Jarvakandi_vallavalitsus, lk 60
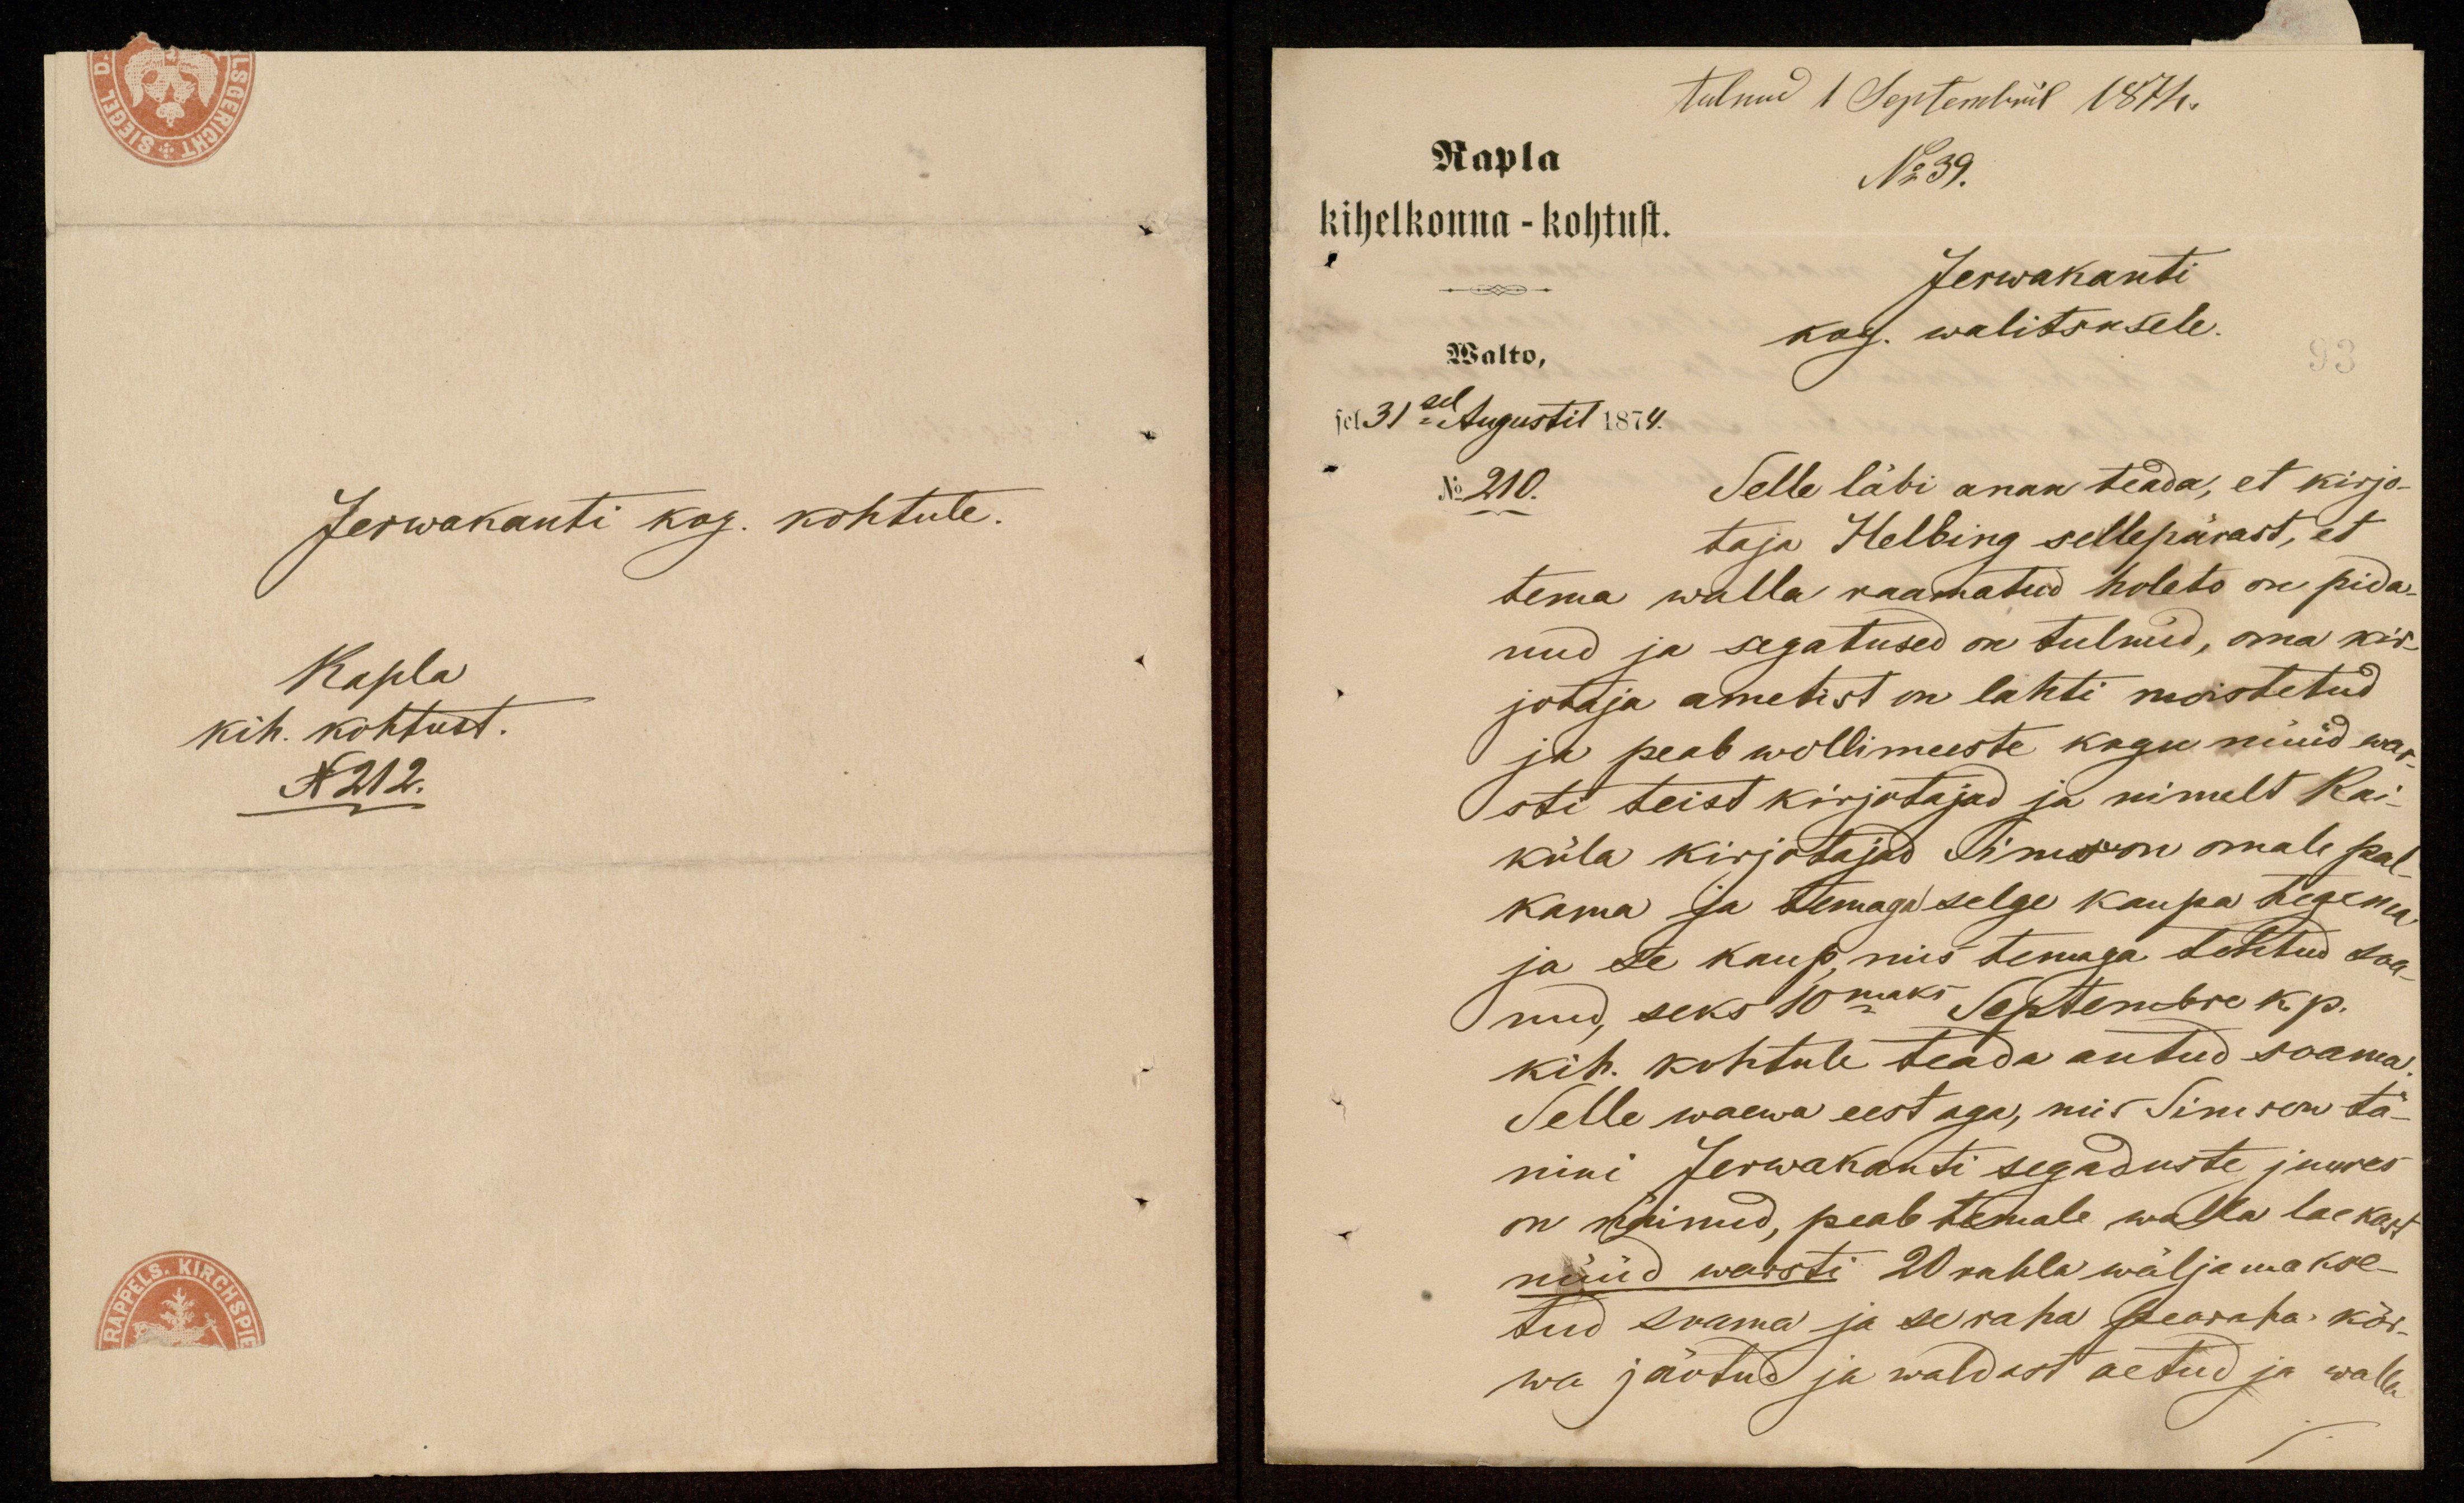
tulnud 1 Septembril 1874.
Rapla
No 39.
kihelkonna - kohtust.
Jerwakanti
Walto,
kog. walitsusele.
sel 31sel Augustil 1874.
No 210.
Selle läbi anan teada, et kirjo-
taja Helbing sellepärast, et
tema walla raamatud holeto on pida-
nud ja segatused on tulnud, oma kir-
jotaja ametist on lahti moistetud
ja peab wollimeeste kogu nüüd war-
sti teist kirjutajad ja nimelt Rai-
küla kirjotajad Simson omale pal-
kama ja temaga selge kaupa tegema
ja se kaup, mis temaga tehtud saa-
nud, seks 10maks Septembre k. p.
kih. kohtule teada antud saama.
Selle waewa eest aga, mis Simson tä-
nini Jerwakanti segaduste juures
on sündinud, peab temale walla laekast
nüüd warsti 20 rubla wälja makse-
tud saama ja se raha pearaha kõr-
wa jäotud ja waldast aetud ja walla

Jerwakanti kog. kohtule.
Rapla
kih. kohtust.
N212.